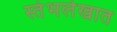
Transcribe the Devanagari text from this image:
स्तंभलेखात